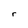
Character: r